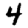
Digit: 4